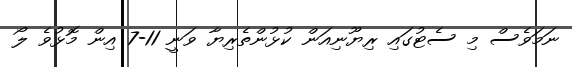
ނަމަވެސް މި ސެޓުގައި ރިޔޫނިއަން ކުޅުންތެރިޔާ ވަނީ 11-7 އިން މޮޅުވެ ލޯ